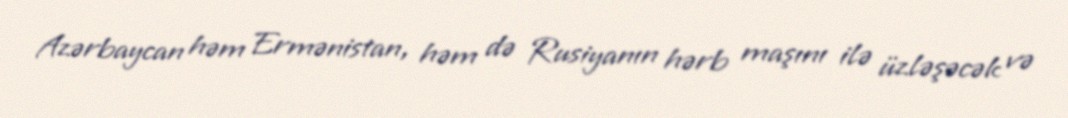
Azərbaycan həm Ermənistan, həm də Rusiyanın hərb maşını ilə üzləşəcək və